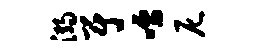
溺尉嚅尼